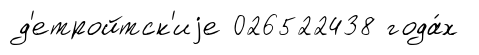
д'етройтск'иjе 026522438 года́х